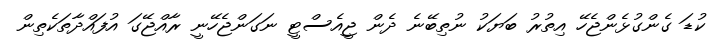
ކުޑަ ގެންގުޅެންޖެހޭ އިތުރު ބަޔަކު ނުތިބޭނެ ދެން ޖީއެސްޓީ ނަގަންޖެހޭނީ ރާއްޖޭގަ އުފައްދާތަކެތިން